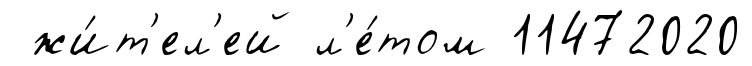
жи́т'ел'ей л'е́том 11472020